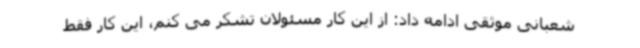
شعبانی موثقی ادامه داد: از این کار مسئولان تشکر می کنم، این کار فقط